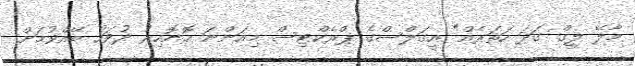
މާލޭ ލީގް ގަދަ ހަތަރެއް" އީގަލްސްގެ ޕްރެކްޓިސް މިއަންނަ ހޮނޮހިރު ދުވަހު ބޭއްވުމަށް